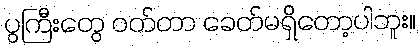
ပွကြီးတွေ ဝတ်တာ ခေတ်မရှိတော့ပါဘူး။